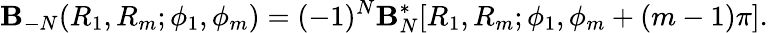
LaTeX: \mathbf{B}_{-N}(R_{1},R_{m};\phi_{1},\phi_{m})=(-1)^{N}\mathbf{B}_{N}^{\mathrm{{*}}}[R_{1},R_{m};\phi_{1},\phi_{m}+(m-1)\pi].